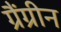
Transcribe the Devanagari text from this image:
ग्रैंग्रीन